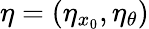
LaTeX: \eta=\left(\eta_{x_{0}},\eta_{\theta}\right)